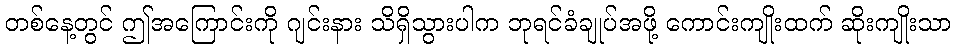
တစ်နေ့တွင် ဤအကြောင်းကို ဂျင်းနား သိရှိသွားပါက ဘုရင်ခံချုပ်အဖို့ ကောင်းကျိုးထက် ဆိုးကျိုးသာ